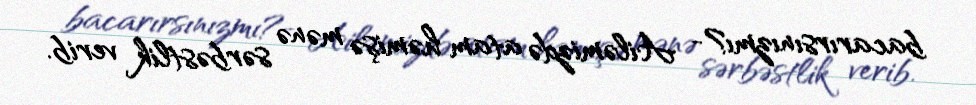
bacarırsınızmı?- Ailəmizdə atam həmişə mənə sərbəstlik verib.